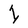
Character: I